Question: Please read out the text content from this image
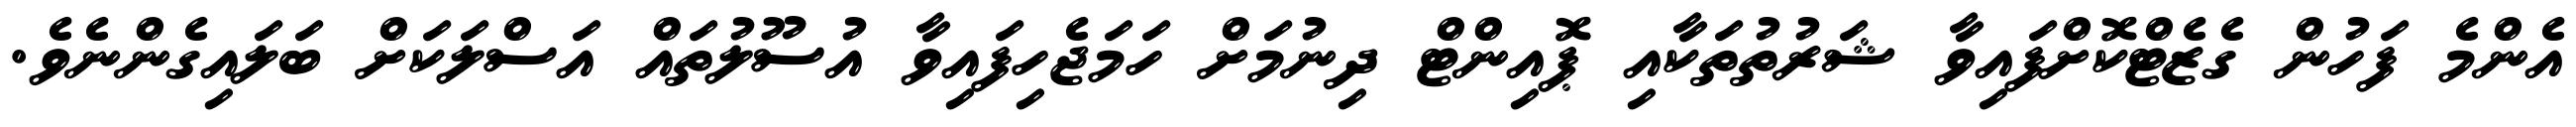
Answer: އެންމެ ފަހުން ގެޒެޓްކޮށްފައިވާ ޝަރުތުތަކާއި ޕޮއިންޓް ދިނުމަށް ހަމަޖެހިފައިވާ އުސޫލުތައް އަސްލަކަށް ބަލައިގެންނެވެ.